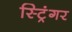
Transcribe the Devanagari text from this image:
स्ट्रिंगर